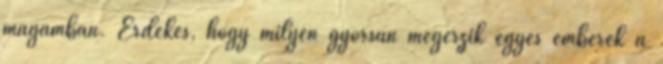
magamban. Érdekes, hogy milyen gyorsan megérzik egyes emberek a